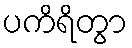
ပကိရိတွာ